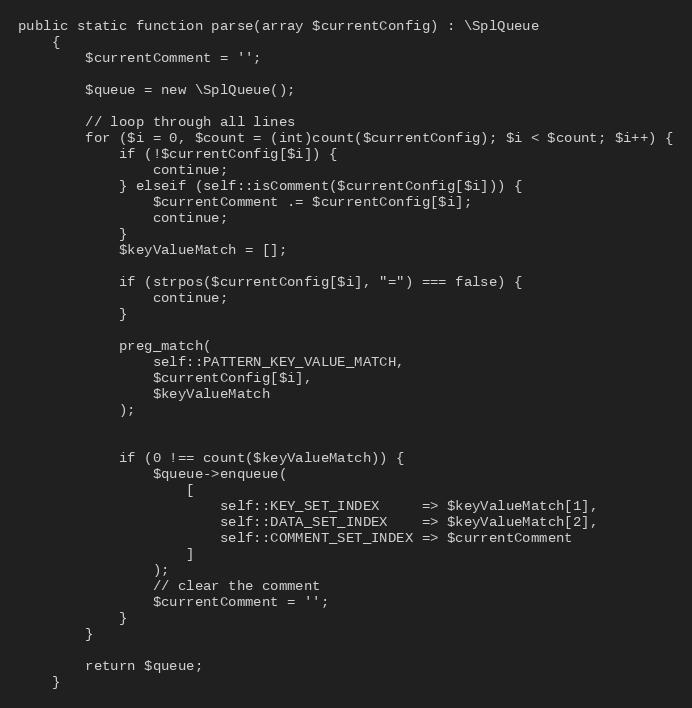
Language: PHP
public static function parse(array $currentConfig) : \SplQueue
    {
        $currentComment = '';

        $queue = new \SplQueue();

        // loop through all lines
        for ($i = 0, $count = (int)count($currentConfig); $i < $count; $i++) {
            if (!$currentConfig[$i]) {
                continue;
            } elseif (self::isComment($currentConfig[$i])) {
                $currentComment .= $currentConfig[$i];
                continue;
            }
            $keyValueMatch = [];

            if (strpos($currentConfig[$i], "=") === false) {
                continue;
            }

            preg_match(
                self::PATTERN_KEY_VALUE_MATCH,
                $currentConfig[$i],
                $keyValueMatch
            );

            if (0 !== count($keyValueMatch)) {
                $queue->enqueue(
                    [
                        self::KEY_SET_INDEX     => $keyValueMatch[1],
                        self::DATA_SET_INDEX    => $keyValueMatch[2],
                        self::COMMENT_SET_INDEX => $currentComment
                    ]
                );
                // clear the comment
                $currentComment = '';
            }
        }

        return $queue;
    }